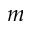
m